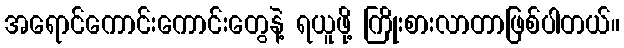
အရောင်ကောင်းကောင်းတွေနဲ့ ရယူဖို့ ကြိုးစားလာတာဖြစ်ပါတယ်။